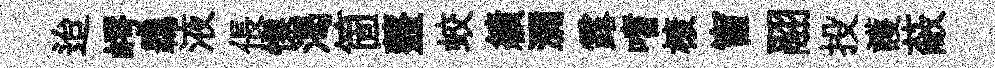
迨崿覊液倀慄渴箇虀蛟績瀰露嗜榱窗翮投護蔽